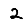
Digit: 2